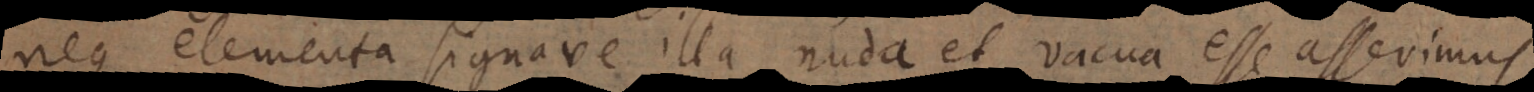
n elementa signave illa nuda et vacua esse asserimus,